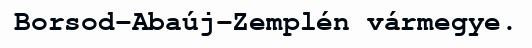
Borsod-Abaúj-Zemplén vármegye.